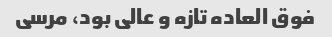
فوق العاده تازه و عالی بود، مرسی